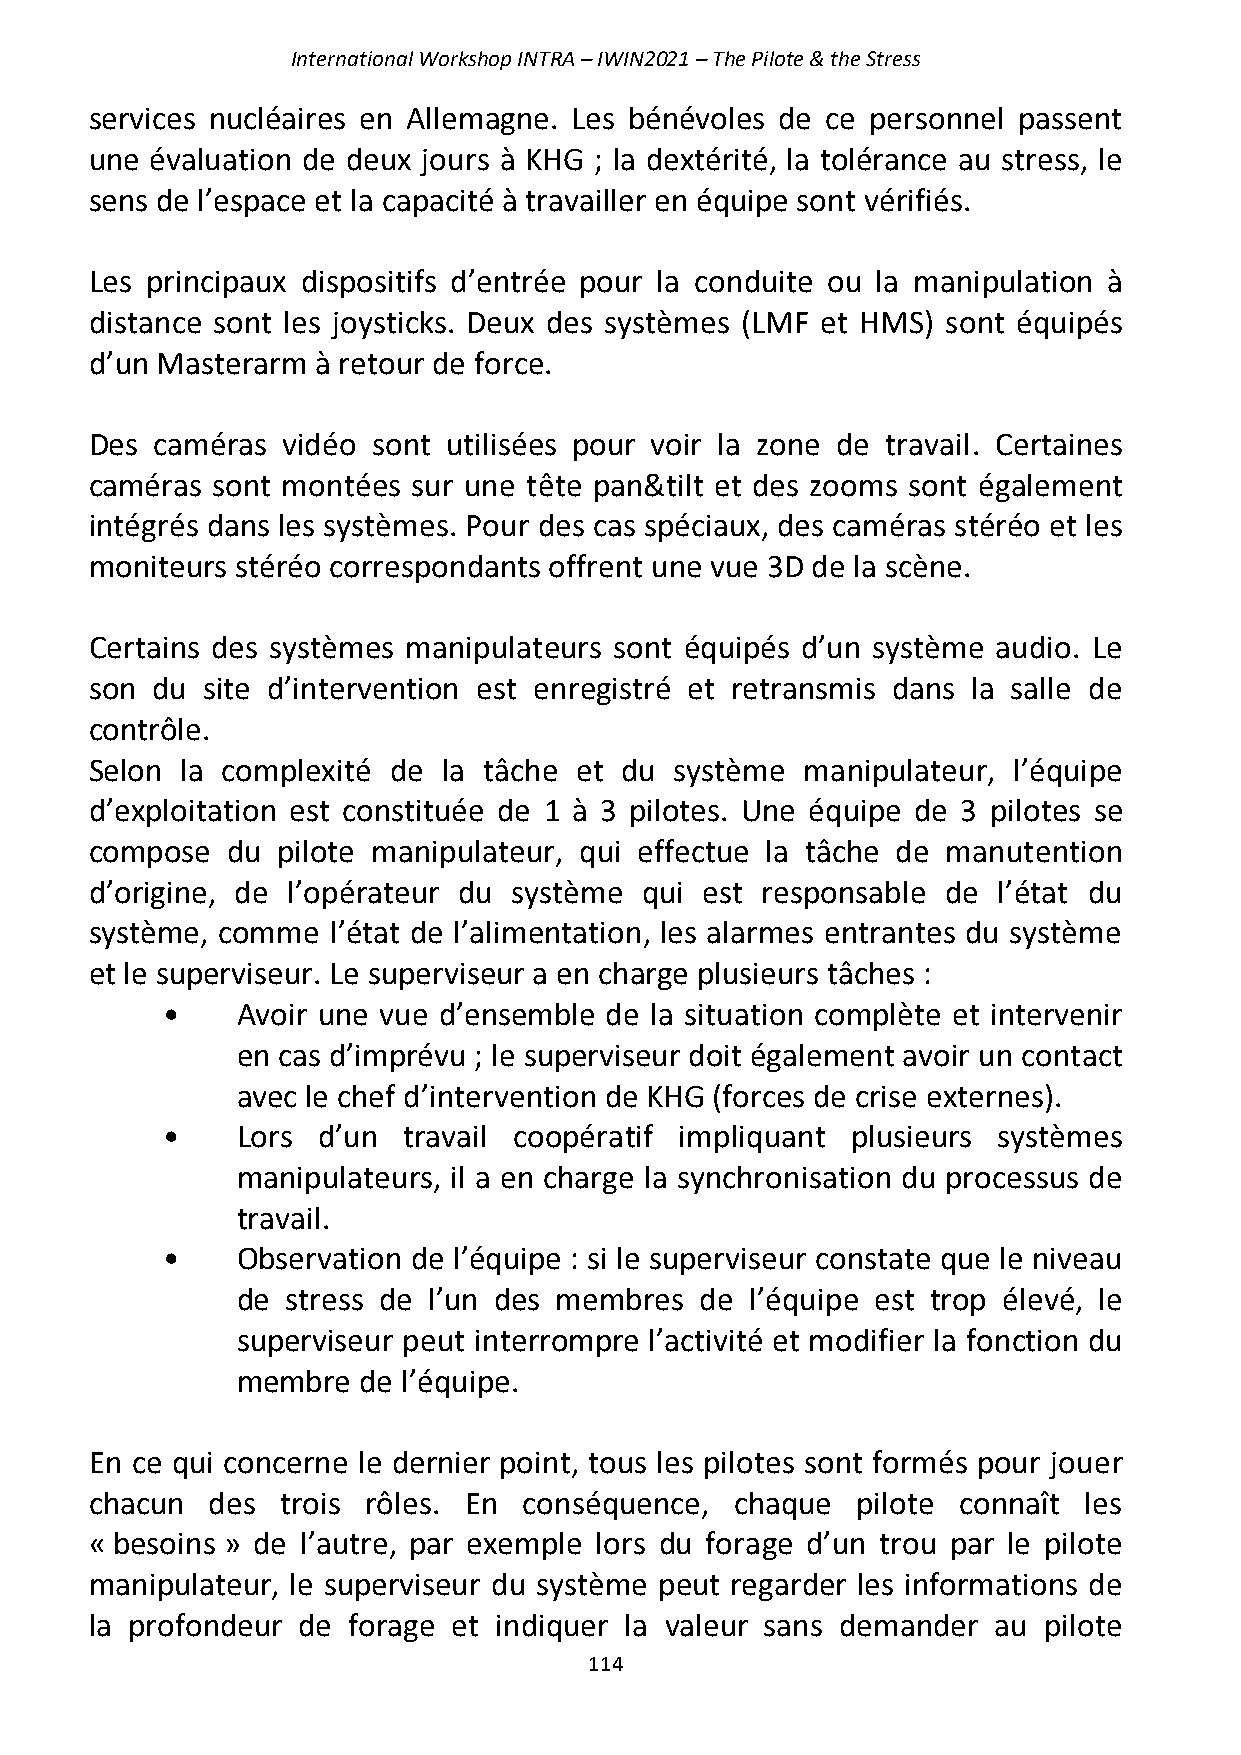
International Workshop INTRA – IWIN2021 – The Pilote & the Stress
 services nucléaires en Allemagne. Les bénévoles de ce personnel passent
 une évaluation de deux jours à KHG ; la dextérité, la tolérance au stress, le
 sens de l’espace et la capacité à travailler en équipe sont vérifiés.
 Les principaux dispositifs d’entrée pour la conduite ou la manipulation à
 distance sont les joysticks. Deux des systèmes (LMF et HMS) sont équipés
 d’un Masterarm à retour de force.
 Des caméras  vidéo sont utilisées pour voir la zone de travail. Certaines
 caméras sont montées sur une tête pan&tilt et des zooms sont également
 intégrés dans les systèmes. Pour des cas spéciaux, des caméras stéréo et les
 moniteurs stéréo correspondants offrent une vue 3D de la scène.
 Certains des systèmes manipulateurs sont équipés d’un système audio. Le
 son du site d’intervention est enregistré et retransmis dans la salle de
 contrôle.
 Selon la complexité de la tâche et du  système manipulateur, l’équipe
 d’exploitation est constituée de 1 à 3 pilotes. Une équipe de 3 pilotes se
 compose  du pilote manipulateur, qui effectue la tâche de manutention
 d’origine, de l’opérateur du système qui est responsable de l’état du
 système, comme  l’état de l’alimentation, les alarmes entrantes du système
 et le superviseur. Le superviseur a en charge plusieurs tâches :
 •    Avoir une vue d’ensemble de la situation complète et intervenir
 en cas d’imprévu ; le superviseur doit également avoir un contact
 avec le chef d’intervention de KHG (forces de crise externes).
 •    Lors d’un  travail coopératif impliquant plusieurs systèmes
 manipulateurs, il a en charge la synchronisation du processus de
 travail.
 •    Observation de l’équipe : si le superviseur constate que le niveau
 de stress de l’un des membres de  l’équipe est trop élevé, le
 superviseur peut interrompre l’activité et modifier la fonction du
 membre  de l’équipe.
 En ce qui concerne le dernier point, tous les pilotes sont formés pour jouer
 chacun  des  trois rôles. En conséquence,  chaque  pilote connaît les
 « besoins » de l’autre, par exemple lors du forage d’un trou par le pilote
 manipulateur, le superviseur du système peut regarder les informations de
 la profondeur de forage et indiquer la valeur sans demander au pilote
 114